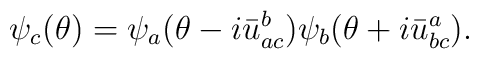
\psi_{c}(\theta)=\psi_{a}(\theta-i\bar{u}_{ac}^{b})\psi_{b}(\theta+i\bar{u}_{bc}^{a}).